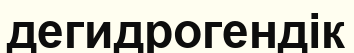
дегидрогендік